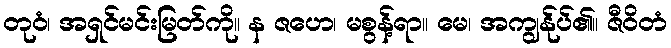
တုဝံ၊ အရှင်မင်းမြတ်ကို။ န ဇဟေ၊ မစွန့်ရာ။ မေ၊ အကျွန်ုပ်၏။ ဇီဝိတံ